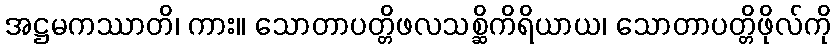
အဋ္ဌမကဿာတိ၊ ကား။ သောတာပတ္တိဖလသစ္ဆိကိရိယာယ၊ သောတာပတ္တိဖိုလ်ကို